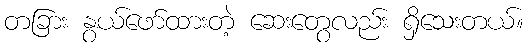
တခြား နွယ်ဖော်ထားတဲ့ ဆေးတွေလည်း ရှိသေးတယ်။